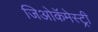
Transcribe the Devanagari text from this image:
जिओकॅमेस्ट्री